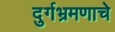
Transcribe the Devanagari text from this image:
दुर्गभ्रमणाचे